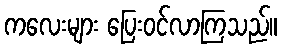
ကလေးများ ပြေးဝင်လာကြသည်။